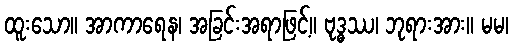
ထူးသော။ အာကာရေန၊ အခြင်းအရာဖြင့်။ ဗုဒ္ဓဿ၊ ဘုရားအား။ မမ၊